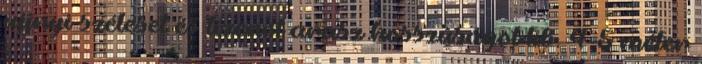
ujjnyi széleset és tizenöt arasz hosszúságot kb. 4-5 méter